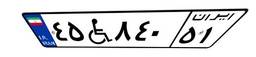
۴۵W۸۴۰۵۱